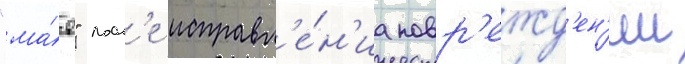
"ма́я" посл'е исправл'е́н'иа повр'ежд'ен'ии